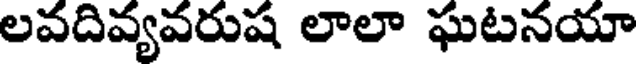
లవదివ్యవరుష లాలా ఘటనయా